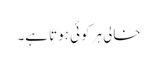
خالی ہر کوئی ہوتا ہے۔